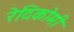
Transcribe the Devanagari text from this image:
रेदिकोमी